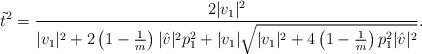
LaTeX: \begin{align*} \tilde{t}^2 = \frac{2 \vert v_1 \vert^2}{\vert v_1 \vert^2 + 2 \left(1-\frac{1}{m} \right) \vert \hat{v} \vert^2 p_1^2 + \vert v_1 \vert \sqrt{\vert v_1 \vert^2 + 4 \left(1-\frac{1}{m} \right) p_1^2 \vert \hat{v} \vert^2}}.\end{align*}